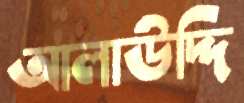
আলাউদ্দি